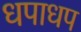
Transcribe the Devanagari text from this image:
धपाधप